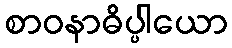
စာဝနာဓိပ္ပါယော